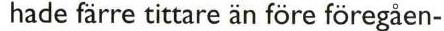
 hade färre tittare än före föregåen-